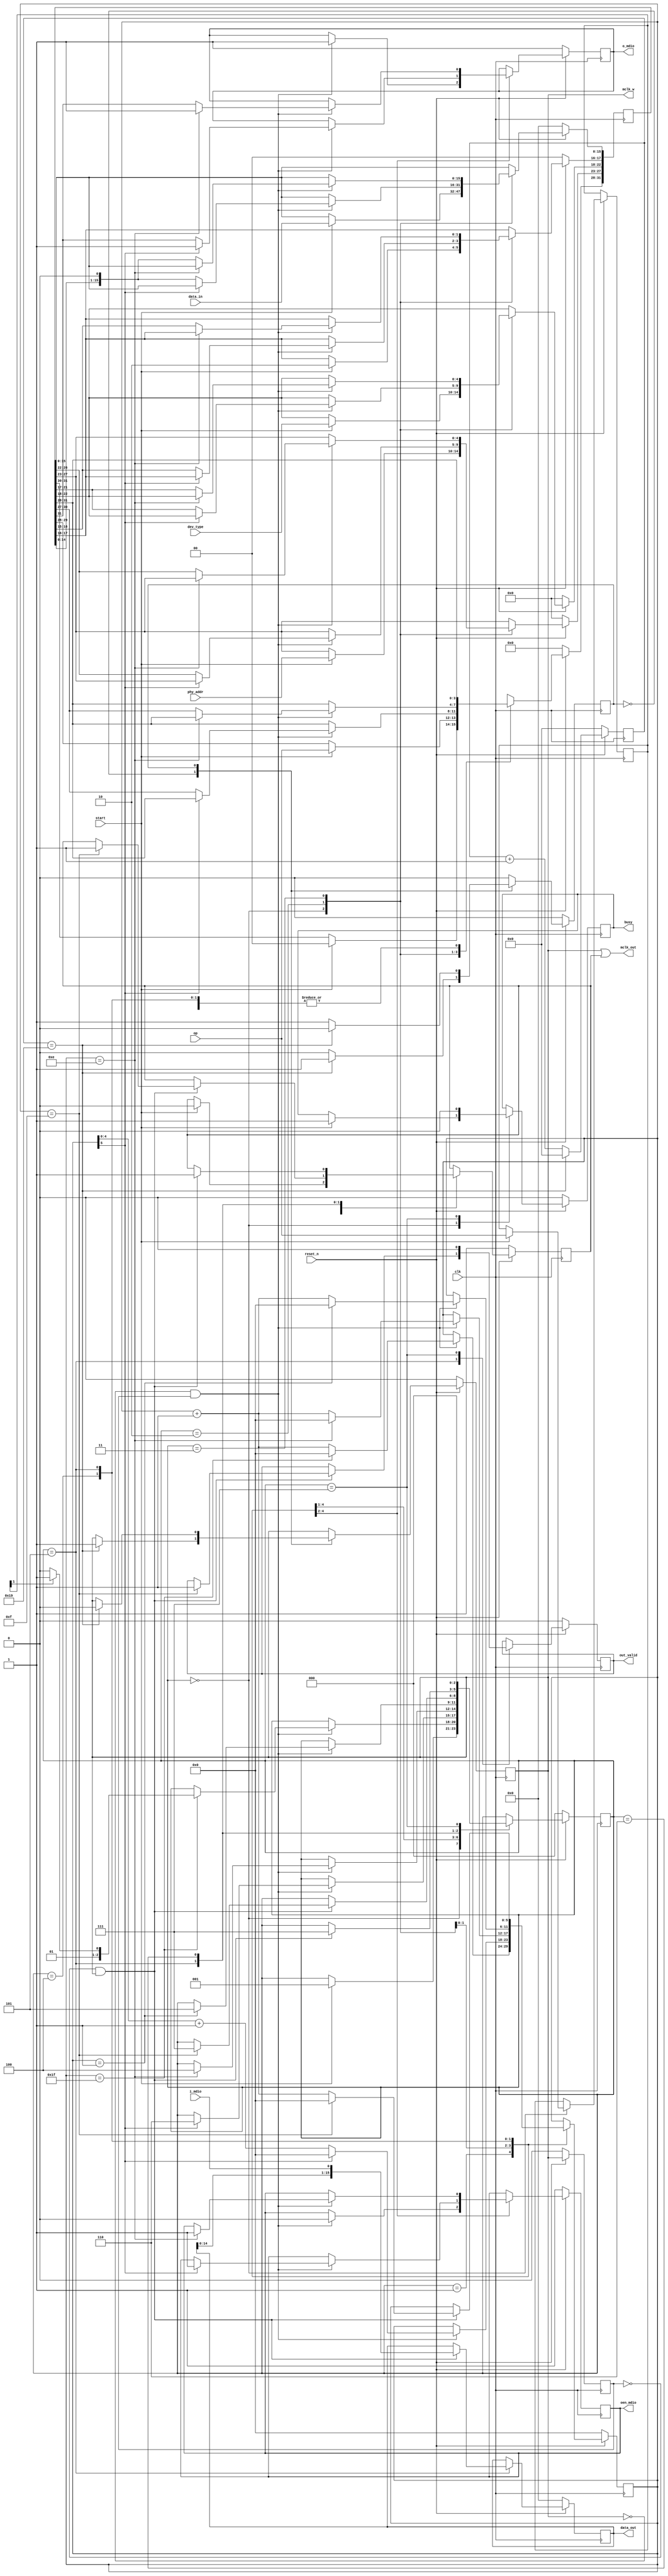
//  --==============================================================--
//  This confidential and proprietary software may be used only as
//  authorised by a licensing agreement from INNOVA-DA Limited
//    (C) COPYRIGHT 2017 INNOVA-DA Limited
//        ALL RIGHTS RESERVED
//  The entire notice above must be reproduced on all authorised
//  copies and copies may only be made to the extent permitted
//  by a licensing agreement from INNOVA-DA Limited.
//  
//  ------------------------------------------------------------------
//  Version and Release Control Information:
//  
//  File Revision      : 1.0
//  
//  ------------------------------------------------------------------
//  Purpose            : Provides the Interface to MDIO pins.
//                       Clause 45 compatible
//  --==============================================================--

module mdio (
	input clk,
	input reset_n,
	input start,
	output reg busy,
	input [1:0] op,
	input [4:0] phy_addr,
	input [4:0] dev_type,
	input [15:0] data_in,
	(* mark_debug = "true" *) output reg [15:0] data_out,
	(* mark_debug = "true" *) output reg out_valid,	
	output mclk_out,
	output mclk_w,
	input i_mdio,
	output reg o_mdio,
	output reg oen_mdio
);

	parameter ST = 2'b00;
	parameter TA = 2'b10;
	parameter PRE_BITS = 32;
	parameter MCLK_DIV_WIDTH =8;
	parameter MCLK_DIV_VALUE = 50;
	
	reg [MCLK_DIV_WIDTH-1:0] clk_cnt;
	reg clk_state;
	reg mclk;
	always @ (posedge clk)
		if (~reset_n)	begin
			clk_cnt <= 'd0;
			clk_state <= 1'b0;
			mclk <= 1'b0;
		end
		else	begin
			case (clk_state)
				1'b0:	if (clk_cnt == MCLK_DIV_VALUE/2)	begin
					clk_cnt <= 'd0;
					mclk <= 1'b1;
					clk_state <= 1'b1;
				end
				else
					clk_cnt <= clk_cnt + 1'b1;
				1'b1:	if (clk_cnt == MCLK_DIV_VALUE/2)	begin
					clk_cnt <= 'd0;
					mclk <= 1'b0;
					clk_state <= 1'b0;
				end
				else
					clk_cnt <= clk_cnt + 1'b1;
			endcase
		end
	
	reg mclk_t;
	wire mclk_rising;
	wire mclk_falling; 
	always@(posedge clk)begin
		if(~reset_n)	mclk_t <= 1'b0;
		else		mclk_t <= mclk;
	end
	assign mclk_rising = ~mclk_t & mclk;	
	assign mclk_falling = ~mclk & mclk_t;	
	assign mclk_w = mclk;
	
	(* mark_debug = "true" *) reg [2:0] state;
	reg [31:0] temp_array; 
	(* mark_debug = "true" *) reg [5:0] cnt1;
	reg [1:0] op_reg;
	reg mclk_out_en;
	assign mclk_out = mclk | mclk_out_en;
	
	always @ (posedge clk)
		if (~reset_n)	begin
			state <= 'd0;
			temp_array <= 32'h00000000;
			busy <= 1'b0;
			o_mdio <= 1'b1;
			oen_mdio <= 1'b1;
			cnt1 <= 6'd0;
			data_out <= 16'd0;
			out_valid <= 1'b0;
			mclk_out_en <= 1'b1;
		end
		else	begin
			case (state)
				3'd0:	begin	
					if (start)	begin
						temp_array[15:0] <= data_in;
						temp_array[17:16] <= TA;
						temp_array[22:18] <= dev_type;
						temp_array[27:23] <= phy_addr;
						temp_array[29:28] = op;
						temp_array[31:30] = ST;
						busy <= 1'b1;
						op_reg <= op;
						state <= 3'd1;
						mclk_out_en <= 1'b0;
					end
				end
				3'd1:	if (mclk_falling)	begin
					o_mdio <= 1'b1;
					oen_mdio <= 1'b0;
					if (cnt1 == PRE_BITS-1)	begin
						cnt1 <= 6'd0;
						if (op_reg[1])
							state <= 3'd3;
						else
							state <= 3'd2;
					end
					else	
						cnt1 <= cnt1 + 1'b1;
				end
				3'd2:	if (mclk_falling)	begin
					if (cnt1[5])	begin
						cnt1 <= 6'd0;
						o_mdio <= 1'b1;
						oen_mdio <= 1'b1;
						state <= 3'd6;
					end
					else	begin
						o_mdio <= temp_array[31];
						temp_array <= {temp_array[30:0],1'b0};
						cnt1 <= cnt1[4:0] + 1'b1;
					end
				end
				3'd3:	if (mclk_falling)	begin
					if (cnt1==6'd14)	begin
						cnt1 <= 6'd0;
						o_mdio <= 1'b1;
						oen_mdio <= 1'b1;
						state <= 3'd4;
					end
					else	begin
						o_mdio <= temp_array[31];
						temp_array <= {temp_array[30:0],1'b0};
						cnt1 <= cnt1 + 1'b1;
					end
				end
				3'd4:	if (mclk_falling) begin
				    if (cnt1 == 1)  begin
					   state <= 3'd5;
					   cnt1 <= 'd0;
					end
					else
					   cnt1 <= cnt1 + 1'b1;
		        end
				3'd5:	if (mclk_rising)	begin
				    data_out <= {data_out[14:0],i_mdio};
					if (cnt1 == 15)	begin
	                    cnt1 <= 'd0;
						out_valid <= 1'b1;
						mclk_out_en <= 1'b1;
						state <= 3'd7;
					end
					else	begin
						cnt1 <= cnt1 + 1'b1;
					end
				end
				3'd6:   if (mclk_rising)	begin
					mclk_out_en <= 1'b1;
                    state <= 3'd7;
                end				    				
				3'd7:	begin
					out_valid <= 1'b0;
					busy <= 1'b0;
					state <= 3'd0;
				end
				default: begin
                    out_valid <= 1'b0;
                    busy <= 1'b0;
                    state <= 3'd0;
                end
			endcase
		end
		
endmodule